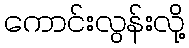
ကောင်းလွန်းလို့